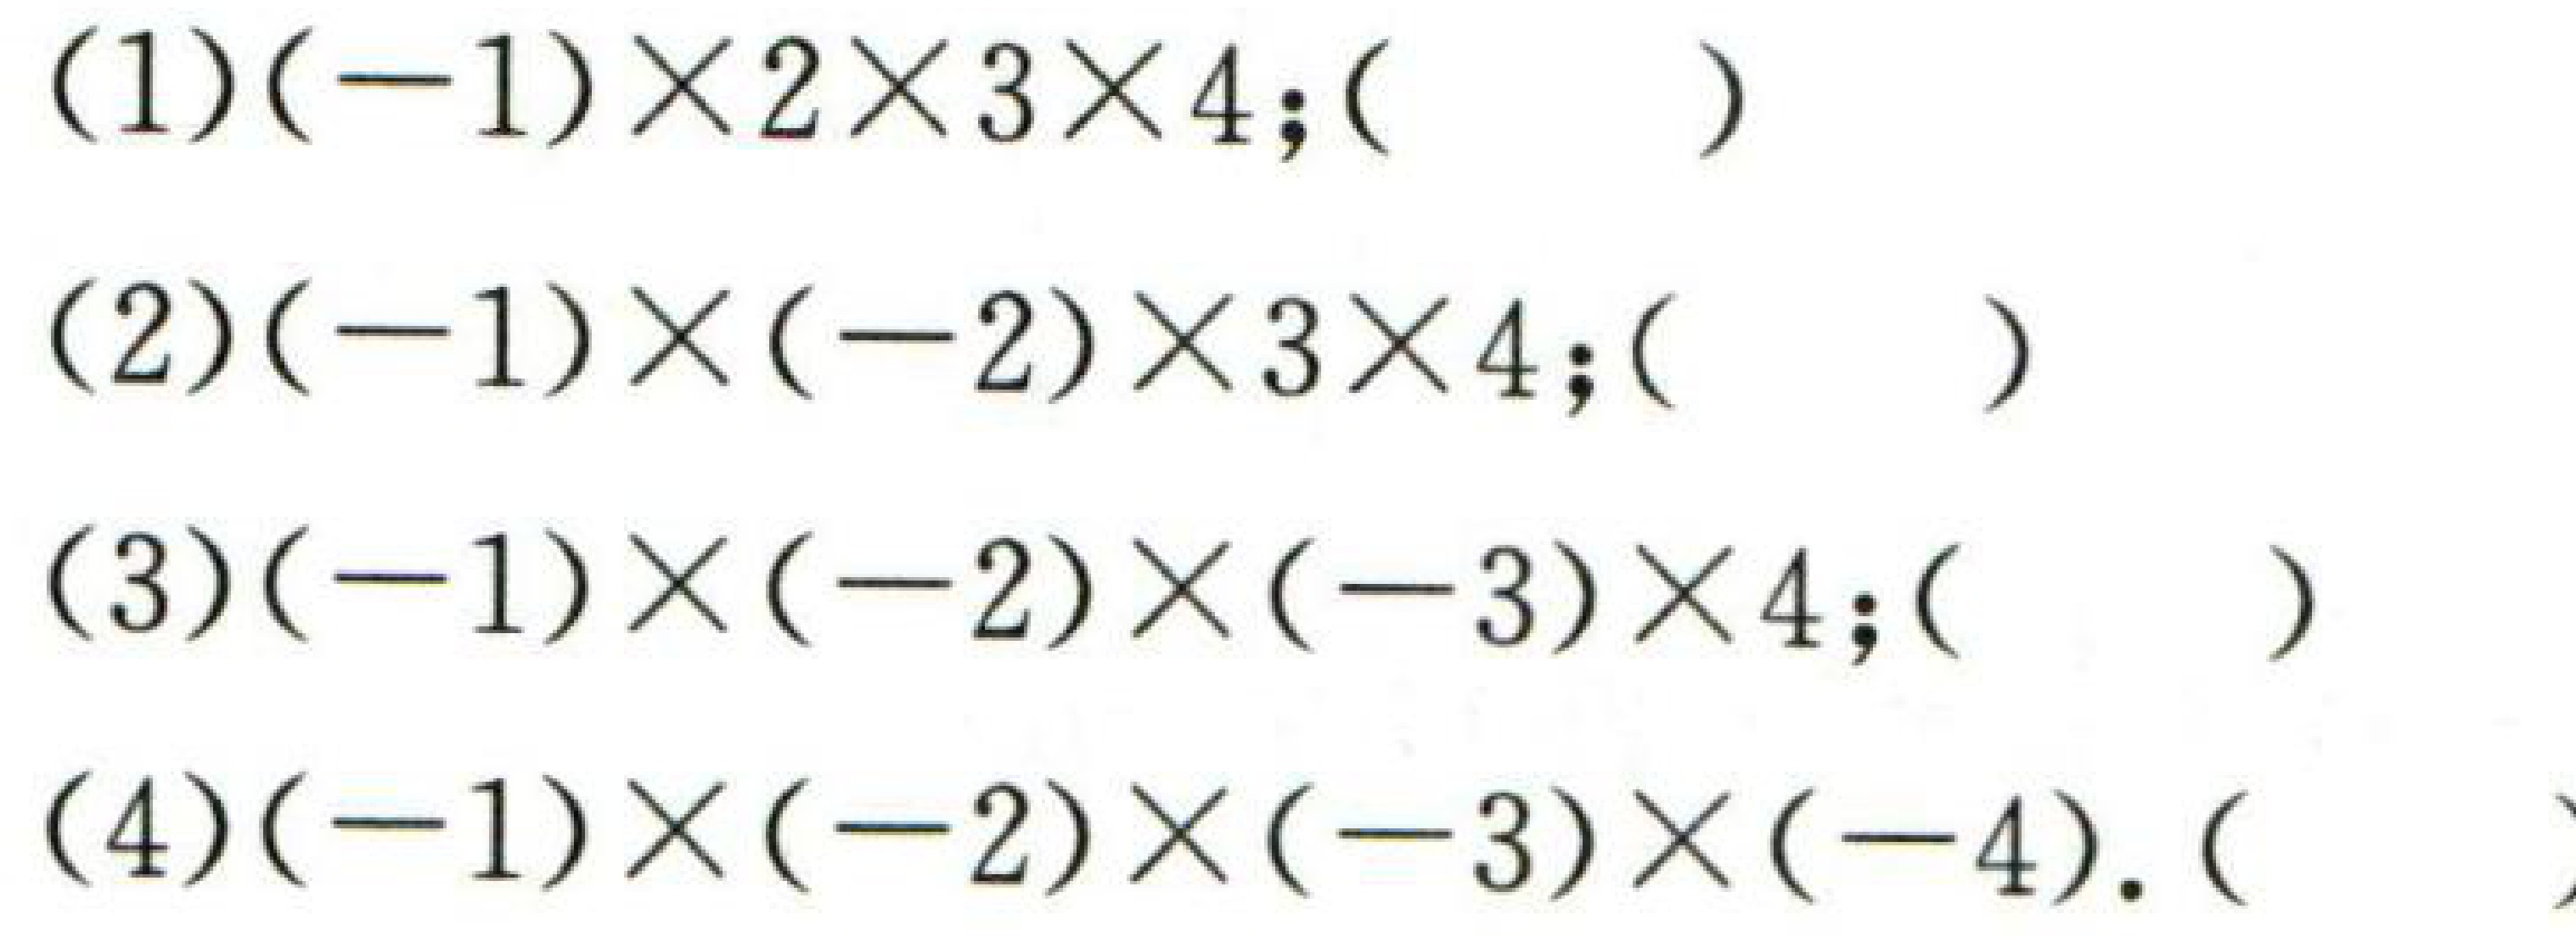
(1)$(-1)\times2\times3\times4;(\quad)$
(2)$(-1)\times(-2)\times3\times4;(\quad)$
(3)$(-1)\times(-2)\times(-3)\times4;(\quad)$
(4)$(-1)\times(-2)\times(-3)\times(-4).(\quad)$